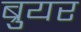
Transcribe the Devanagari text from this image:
ब्रुयर